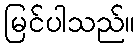
မြင်ပါသည်။